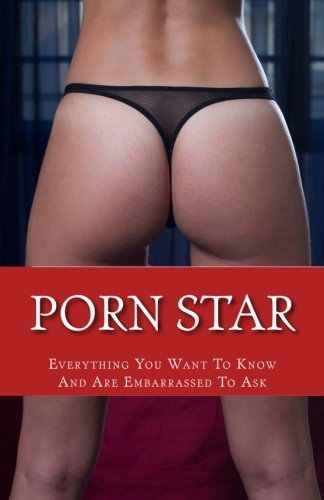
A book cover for Porn Star: Everything You Want To Know And Are Embarrassed To Ask; Steven St. Croix; Politics & Social Sciences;